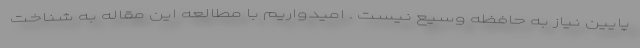
پایین نیاز به حافظه وسیع نیست . امیدواریم با مطالعه این مقاله به شناخت